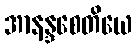
အာနန္ဒစေတိယေ